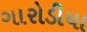
ગારોડીયા